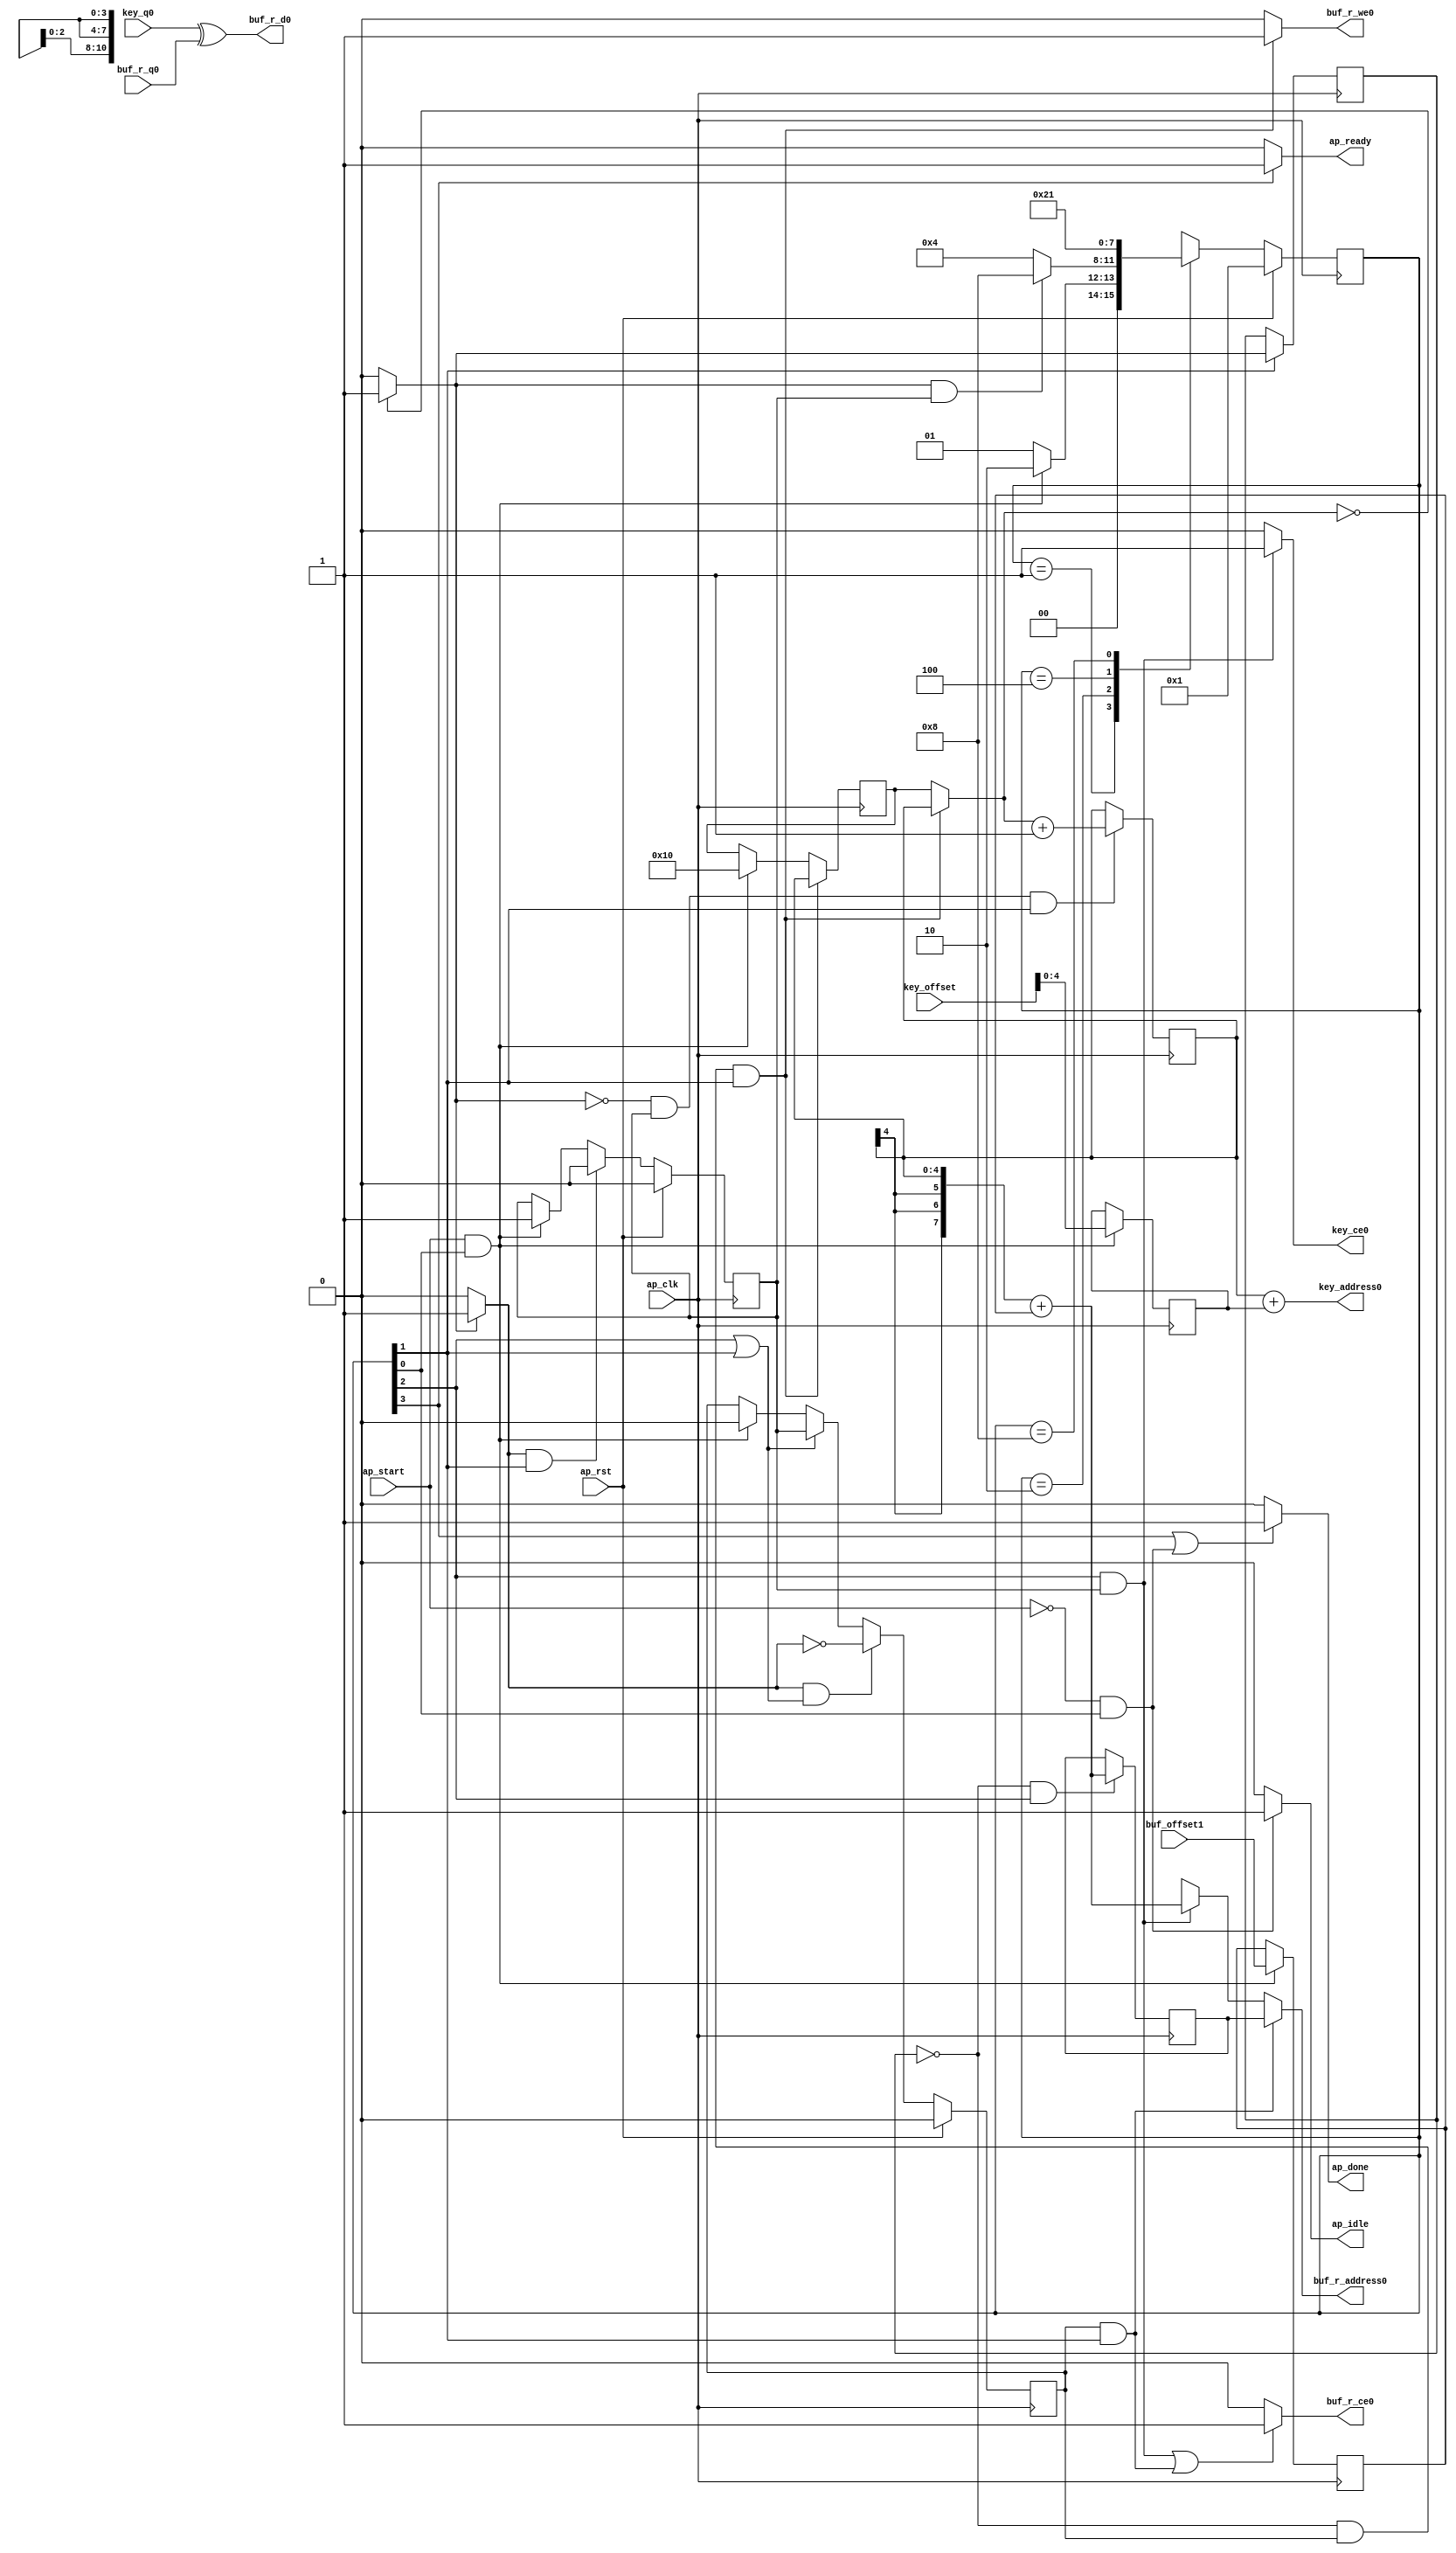
// ==============================================================
// RTL generated by Vivado(TM) HLS - High-Level Synthesis from C, C++ and SystemC
// Version: 2017.4
// Copyright (C) 1986-2017 Xilinx, Inc. All Rights Reserved.
// 
// ===========================================================

`timescale 1 ns / 1 ps 

module aes_addRoundKey (
        ap_clk,
        ap_rst,
        ap_start,
        ap_done,
        ap_idle,
        ap_ready,
        buf_r_address0,
        buf_r_ce0,
        buf_r_we0,
        buf_r_d0,
        buf_r_q0,
        buf_offset1,
        key_address0,
        key_ce0,
        key_q0,
        key_offset
);

parameter    ap_ST_fsm_state1 = 4'd1;
parameter    ap_ST_fsm_pp0_stage0 = 4'd2;
parameter    ap_ST_fsm_pp0_stage1 = 4'd4;
parameter    ap_ST_fsm_state5 = 4'd8;

input   ap_clk;
input   ap_rst;
input   ap_start;
output   ap_done;
output   ap_idle;
output   ap_ready;
output  [10:0] buf_r_address0;
output   buf_r_ce0;
output   buf_r_we0;
output  [7:0] buf_r_d0;
input  [7:0] buf_r_q0;
input  [10:0] buf_offset1;
output  [4:0] key_address0;
output   key_ce0;
input  [7:0] key_q0;
input  [5:0] key_offset;

reg ap_done;
reg ap_idle;
reg ap_ready;
reg[10:0] buf_r_address0;
reg buf_r_ce0;
reg buf_r_we0;
reg key_ce0;

(* fsm_encoding = "none" *) reg   [3:0] ap_CS_fsm;
wire    ap_CS_fsm_state1;
reg   [4:0] i_reg_78;
wire   [4:0] tmp_82_fu_89_p1;
reg   [4:0] tmp_82_reg_142;
wire   [11:0] buf_offset1_cast_fu_93_p1;
reg   [11:0] buf_offset1_cast_reg_147;
wire   [0:0] tmp_fu_97_p2;
reg   [0:0] tmp_reg_152;
wire    ap_CS_fsm_pp0_stage0;
wire    ap_block_state2_pp0_stage0_iter0;
wire    ap_block_state4_pp0_stage0_iter1;
wire    ap_block_pp0_stage0_11001;
wire   [4:0] i_4_fu_103_p2;
reg   [4:0] i_4_reg_156;
reg    ap_enable_reg_pp0_iter0;
wire    ap_CS_fsm_pp0_stage1;
wire    ap_block_state3_pp0_stage1_iter0;
wire    ap_block_pp0_stage1_11001;
reg   [10:0] buf_addr_reg_168;
wire    ap_block_pp0_stage0_subdone;
reg    ap_condition_pp0_exit_iter0_state2;
reg    ap_enable_reg_pp0_iter1;
wire    ap_block_pp0_stage1_subdone;
reg   [4:0] ap_phi_mux_i_phi_fu_82_p4;
wire    ap_block_pp0_stage0;
wire   [63:0] sum4_cast_fu_120_p1;
wire    ap_block_pp0_stage1;
wire   [63:0] sum_cast_fu_130_p1;
wire  signed [7:0] i_4_cast_fu_109_p1;
wire   [4:0] sum4_fu_116_p2;
wire   [11:0] tmp_cast1_fu_112_p1;
wire   [11:0] sum_fu_125_p2;
wire    ap_CS_fsm_state5;
reg   [3:0] ap_NS_fsm;
reg    ap_idle_pp0;
wire    ap_enable_pp0;

// power-on initialization
initial begin
#0 ap_CS_fsm = 4'd1;
#0 ap_enable_reg_pp0_iter0 = 1'b0;
#0 ap_enable_reg_pp0_iter1 = 1'b0;
end

always @ (posedge ap_clk) begin
    if (ap_rst == 1'b1) begin
        ap_CS_fsm <= ap_ST_fsm_state1;
    end else begin
        ap_CS_fsm <= ap_NS_fsm;
    end
end

always @ (posedge ap_clk) begin
    if (ap_rst == 1'b1) begin
        ap_enable_reg_pp0_iter0 <= 1'b0;
    end else begin
        if (((1'b0 == ap_block_pp0_stage0_subdone) & (1'b1 == ap_condition_pp0_exit_iter0_state2) & (1'b1 == ap_CS_fsm_pp0_stage0))) begin
            ap_enable_reg_pp0_iter0 <= 1'b0;
        end else if (((ap_start == 1'b1) & (1'b1 == ap_CS_fsm_state1))) begin
            ap_enable_reg_pp0_iter0 <= 1'b1;
        end
    end
end

always @ (posedge ap_clk) begin
    if (ap_rst == 1'b1) begin
        ap_enable_reg_pp0_iter1 <= 1'b0;
    end else begin
        if (((1'b1 == ap_condition_pp0_exit_iter0_state2) & (((1'b0 == ap_block_pp0_stage1_subdone) & (1'b1 == ap_CS_fsm_pp0_stage1)) | ((1'b0 == ap_block_pp0_stage0_subdone) & (1'b1 == ap_CS_fsm_pp0_stage0))))) begin
            ap_enable_reg_pp0_iter1 <= (1'b1 ^ ap_condition_pp0_exit_iter0_state2);
        end else if ((((1'b0 == ap_block_pp0_stage1_subdone) & (1'b1 == ap_CS_fsm_pp0_stage1)) | ((1'b0 == ap_block_pp0_stage0_subdone) & (1'b1 == ap_CS_fsm_pp0_stage0)))) begin
            ap_enable_reg_pp0_iter1 <= ap_enable_reg_pp0_iter0;
        end else if (((ap_start == 1'b1) & (1'b1 == ap_CS_fsm_state1))) begin
            ap_enable_reg_pp0_iter1 <= 1'b0;
        end
    end
end

always @ (posedge ap_clk) begin
    if (((1'b0 == ap_block_pp0_stage0_11001) & (tmp_reg_152 == 1'd0) & (ap_enable_reg_pp0_iter1 == 1'b1) & (1'b1 == ap_CS_fsm_pp0_stage0))) begin
        i_reg_78 <= i_4_reg_156;
    end else if (((ap_start == 1'b1) & (1'b1 == ap_CS_fsm_state1))) begin
        i_reg_78 <= 5'd16;
    end
end

always @ (posedge ap_clk) begin
    if (((1'b0 == ap_block_pp0_stage1_11001) & (tmp_reg_152 == 1'd0) & (1'b1 == ap_CS_fsm_pp0_stage1))) begin
        buf_addr_reg_168 <= sum_cast_fu_130_p1;
    end
end

always @ (posedge ap_clk) begin
    if (((ap_start == 1'b1) & (1'b1 == ap_CS_fsm_state1))) begin
        buf_offset1_cast_reg_147[10 : 0] <= buf_offset1_cast_fu_93_p1[10 : 0];
        tmp_82_reg_142 <= tmp_82_fu_89_p1;
    end
end

always @ (posedge ap_clk) begin
    if (((1'b0 == ap_block_pp0_stage0_11001) & (tmp_fu_97_p2 == 1'd0) & (ap_enable_reg_pp0_iter0 == 1'b1) & (1'b1 == ap_CS_fsm_pp0_stage0))) begin
        i_4_reg_156 <= i_4_fu_103_p2;
    end
end

always @ (posedge ap_clk) begin
    if (((1'b0 == ap_block_pp0_stage0_11001) & (1'b1 == ap_CS_fsm_pp0_stage0))) begin
        tmp_reg_152 <= tmp_fu_97_p2;
    end
end

always @ (*) begin
    if ((tmp_fu_97_p2 == 1'd1)) begin
        ap_condition_pp0_exit_iter0_state2 = 1'b1;
    end else begin
        ap_condition_pp0_exit_iter0_state2 = 1'b0;
    end
end

always @ (*) begin
    if (((1'b1 == ap_CS_fsm_state5) | ((ap_start == 1'b0) & (1'b1 == ap_CS_fsm_state1)))) begin
        ap_done = 1'b1;
    end else begin
        ap_done = 1'b0;
    end
end

always @ (*) begin
    if (((ap_start == 1'b0) & (1'b1 == ap_CS_fsm_state1))) begin
        ap_idle = 1'b1;
    end else begin
        ap_idle = 1'b0;
    end
end

always @ (*) begin
    if (((ap_enable_reg_pp0_iter1 == 1'b0) & (ap_enable_reg_pp0_iter0 == 1'b0))) begin
        ap_idle_pp0 = 1'b1;
    end else begin
        ap_idle_pp0 = 1'b0;
    end
end

always @ (*) begin
    if (((tmp_reg_152 == 1'd0) & (ap_enable_reg_pp0_iter1 == 1'b1) & (1'b1 == ap_CS_fsm_pp0_stage0) & (1'b0 == ap_block_pp0_stage0))) begin
        ap_phi_mux_i_phi_fu_82_p4 = i_4_reg_156;
    end else begin
        ap_phi_mux_i_phi_fu_82_p4 = i_reg_78;
    end
end

always @ (*) begin
    if ((1'b1 == ap_CS_fsm_state5)) begin
        ap_ready = 1'b1;
    end else begin
        ap_ready = 1'b0;
    end
end

always @ (*) begin
    if (((ap_enable_reg_pp0_iter1 == 1'b1) & (1'b1 == ap_CS_fsm_pp0_stage0) & (1'b0 == ap_block_pp0_stage0))) begin
        buf_r_address0 = buf_addr_reg_168;
    end else if (((1'b1 == ap_CS_fsm_pp0_stage1) & (ap_enable_reg_pp0_iter0 == 1'b1) & (1'b0 == ap_block_pp0_stage1))) begin
        buf_r_address0 = sum_cast_fu_130_p1;
    end else begin
        buf_r_address0 = 'bx;
    end
end

always @ (*) begin
    if ((((1'b0 == ap_block_pp0_stage1_11001) & (1'b1 == ap_CS_fsm_pp0_stage1) & (ap_enable_reg_pp0_iter0 == 1'b1)) | ((1'b0 == ap_block_pp0_stage0_11001) & (ap_enable_reg_pp0_iter1 == 1'b1) & (1'b1 == ap_CS_fsm_pp0_stage0)))) begin
        buf_r_ce0 = 1'b1;
    end else begin
        buf_r_ce0 = 1'b0;
    end
end

always @ (*) begin
    if (((1'b0 == ap_block_pp0_stage0_11001) & (tmp_reg_152 == 1'd0) & (ap_enable_reg_pp0_iter1 == 1'b1) & (1'b1 == ap_CS_fsm_pp0_stage0))) begin
        buf_r_we0 = 1'b1;
    end else begin
        buf_r_we0 = 1'b0;
    end
end

always @ (*) begin
    if (((1'b0 == ap_block_pp0_stage1_11001) & (1'b1 == ap_CS_fsm_pp0_stage1) & (ap_enable_reg_pp0_iter0 == 1'b1))) begin
        key_ce0 = 1'b1;
    end else begin
        key_ce0 = 1'b0;
    end
end

always @ (*) begin
    case (ap_CS_fsm)
        ap_ST_fsm_state1 : begin
            if (((ap_start == 1'b1) & (1'b1 == ap_CS_fsm_state1))) begin
                ap_NS_fsm = ap_ST_fsm_pp0_stage0;
            end else begin
                ap_NS_fsm = ap_ST_fsm_state1;
            end
        end
        ap_ST_fsm_pp0_stage0 : begin
            if ((~((1'b0 == ap_block_pp0_stage0_subdone) & (tmp_fu_97_p2 == 1'd1) & (ap_enable_reg_pp0_iter0 == 1'b1)) & (1'b0 == ap_block_pp0_stage0_subdone))) begin
                ap_NS_fsm = ap_ST_fsm_pp0_stage1;
            end else if (((1'b0 == ap_block_pp0_stage0_subdone) & (tmp_fu_97_p2 == 1'd1) & (ap_enable_reg_pp0_iter0 == 1'b1))) begin
                ap_NS_fsm = ap_ST_fsm_state5;
            end else begin
                ap_NS_fsm = ap_ST_fsm_pp0_stage0;
            end
        end
        ap_ST_fsm_pp0_stage1 : begin
            if ((1'b0 == ap_block_pp0_stage1_subdone)) begin
                ap_NS_fsm = ap_ST_fsm_pp0_stage0;
            end else begin
                ap_NS_fsm = ap_ST_fsm_pp0_stage1;
            end
        end
        ap_ST_fsm_state5 : begin
            ap_NS_fsm = ap_ST_fsm_state1;
        end
        default : begin
            ap_NS_fsm = 'bx;
        end
    endcase
end

assign ap_CS_fsm_pp0_stage0 = ap_CS_fsm[32'd1];

assign ap_CS_fsm_pp0_stage1 = ap_CS_fsm[32'd2];

assign ap_CS_fsm_state1 = ap_CS_fsm[32'd0];

assign ap_CS_fsm_state5 = ap_CS_fsm[32'd3];

assign ap_block_pp0_stage0 = ~(1'b1 == 1'b1);

assign ap_block_pp0_stage0_11001 = ~(1'b1 == 1'b1);

assign ap_block_pp0_stage0_subdone = ~(1'b1 == 1'b1);

assign ap_block_pp0_stage1 = ~(1'b1 == 1'b1);

assign ap_block_pp0_stage1_11001 = ~(1'b1 == 1'b1);

assign ap_block_pp0_stage1_subdone = ~(1'b1 == 1'b1);

assign ap_block_state2_pp0_stage0_iter0 = ~(1'b1 == 1'b1);

assign ap_block_state3_pp0_stage1_iter0 = ~(1'b1 == 1'b1);

assign ap_block_state4_pp0_stage0_iter1 = ~(1'b1 == 1'b1);

assign ap_enable_pp0 = (ap_idle_pp0 ^ 1'b1);

assign buf_offset1_cast_fu_93_p1 = buf_offset1;

assign buf_r_d0 = (key_q0 ^ buf_r_q0);

assign i_4_cast_fu_109_p1 = $signed(i_4_reg_156);

assign i_4_fu_103_p2 = ($signed(ap_phi_mux_i_phi_fu_82_p4) + $signed(5'd31));

assign key_address0 = sum4_cast_fu_120_p1;

assign sum4_cast_fu_120_p1 = sum4_fu_116_p2;

assign sum4_fu_116_p2 = (i_4_reg_156 + tmp_82_reg_142);

assign sum_cast_fu_130_p1 = sum_fu_125_p2;

assign sum_fu_125_p2 = (tmp_cast1_fu_112_p1 + buf_offset1_cast_reg_147);

assign tmp_82_fu_89_p1 = key_offset[4:0];

assign tmp_cast1_fu_112_p1 = $unsigned(i_4_cast_fu_109_p1);

assign tmp_fu_97_p2 = ((ap_phi_mux_i_phi_fu_82_p4 == 5'd0) ? 1'b1 : 1'b0);

always @ (posedge ap_clk) begin
    buf_offset1_cast_reg_147[11] <= 1'b0;
end

endmodule //aes_addRoundKey